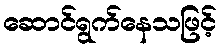
ဆောင်ရွက်နေသဖြင့်